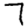
Digit: 7